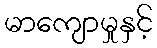
မာကျောမှုနှင့်